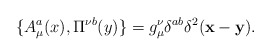
\begin{align*}\{A^a_\mu (x), \Pi^{\nu b} (y) \}= g_\mu^\nu \delta^{ab}\delta^2 ({\bf x} - {\bf y}).\end{align*}